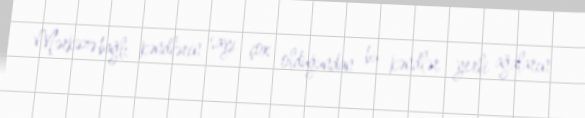
Mərkəzə bağlı kəndlərin sayı çox olduğundan bu kəndlər yerli ağaların